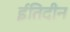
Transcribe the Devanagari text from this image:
ईतिदीन